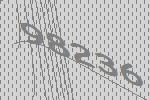
98236